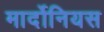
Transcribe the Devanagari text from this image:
मार्दोनियस